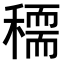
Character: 𥢠